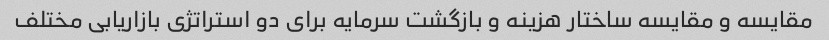
مقایسه و مقایسه ساختار هزینه و بازگشت سرمایه برای دو استراتژی بازاریابی مختلف